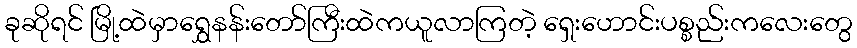
ခုဆိုရင် မြို့ထဲမှာရွှေနန်းတော်ကြီးထဲကယူလာကြတဲ့ ရှေးဟောင်းပစ္စည်းကလေးတွေ